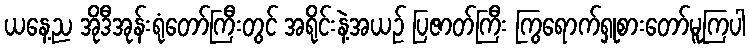
ယနေ့ည အိုဒီအုန်းရုံတော်ကြီးတွင် အရိုင်းနဲ့အယဉ် ပြဇာတ်ကြီး ကြွရောက်ရှုစားတော်မူကြပါ